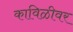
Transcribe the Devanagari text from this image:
काविळीवर